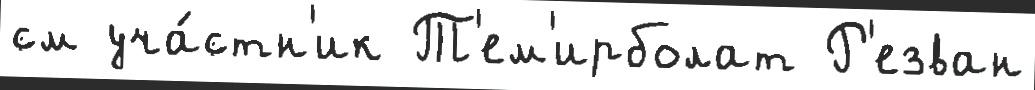
см уча́стн'ик Т'ем'ирболат Р'езван